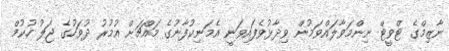
ނާޒިމްގެ ޓްވީޓް ނިންމަވާލައްވަމުން ވިދާޅުވެފައިވަނީ އެމަނިކުފާނުގެ މައްޗަށް އުމުރު ދުވަހުގެ ޖަލު ހުކުމް